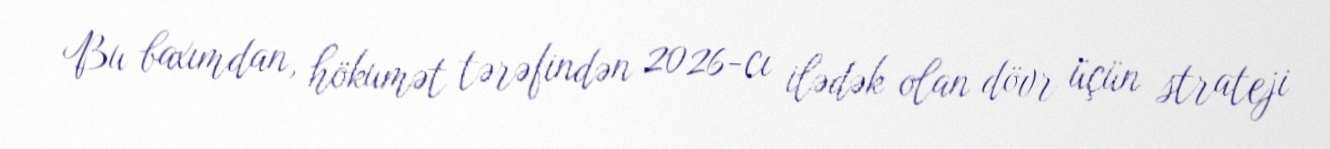
Bu baxımdan, hökumət tərəfindən 2026-cı ilədək olan dövr üçün strateji